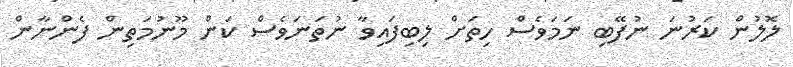
ލޮލުން ކަރުނަ ނުފޭބި ނަމަވެސް ހިތަށް ލިބިފައިވާ ނުތަނަވެސް ކަން މޫނުމަތިން ފެންނާން